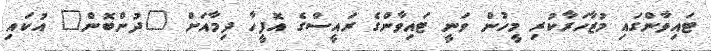
ޓައިވާންގައި މުޒާހަރާކުރި މީހުން ވަނީ ޓައިވާންގެ ރައީސްގެ އޮފީހާ ދިމާއަށް "ދުންބޮން" އުކައި